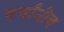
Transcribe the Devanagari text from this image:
वर्षांनीच